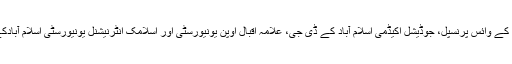
ڈاکٹر انوار حسین صدیقی ’’نیپا‘‘ کراچی کے ڈائریکٹر، ایڈمنسٹریٹو اسٹاف کالج لاہور کے وائس پرنسپل، جوڈیشل اکیڈمی اسلام آباد کے ڈی جی، علامہ اقبال اوپن یونیورسٹی اور اسلامک انٹرنیشنل یونیورسٹی اسلام آبادکے وائس چانسلر، اور غیر ملکی جامعات میں تدریس کی خدمات انجام دے چکے ہیں۔